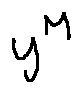
y ^ { M }